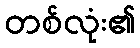
တစ်လုံး၏